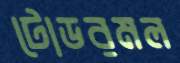
টোডরমল